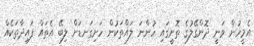
އެމީހުން ވަނީ ދޮންގޭލުގެ ތޮށީގައި ހުންނަ ލައްތަކުން ހަށިގަނޑަށް ލިބޭ އެތައް ފައިދާތަކެއް